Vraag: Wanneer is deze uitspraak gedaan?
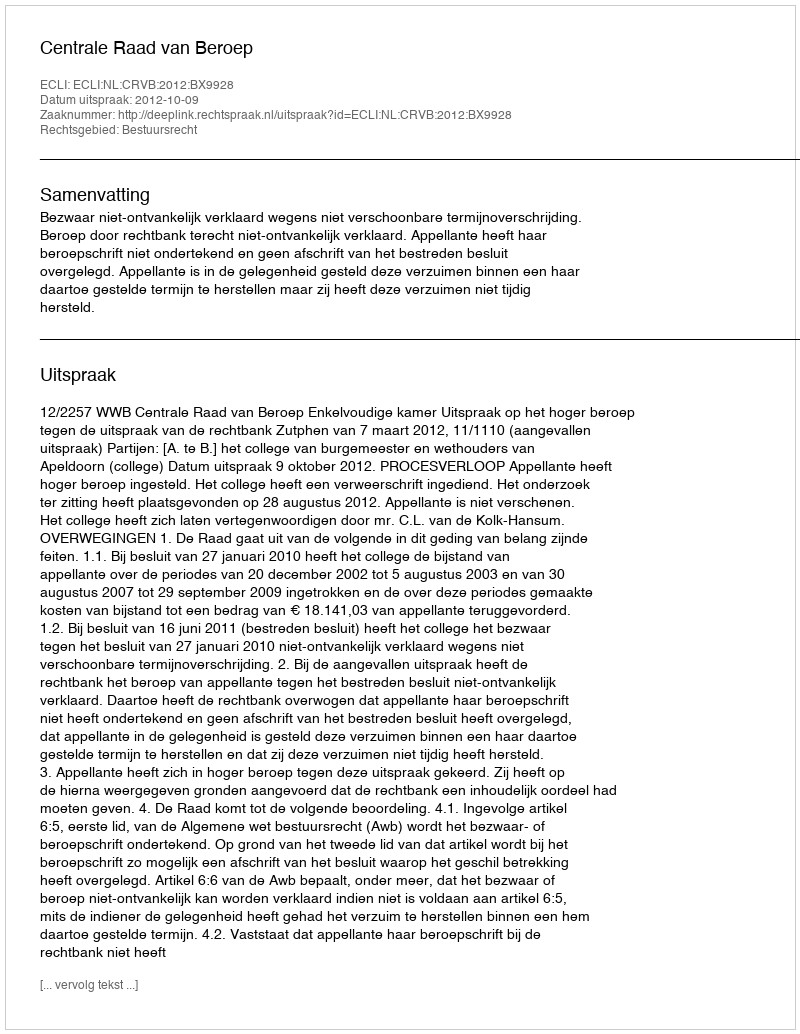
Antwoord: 2012-10-09